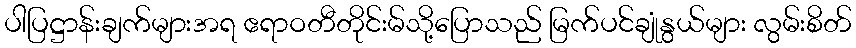
ပါပြဋ္ဌာန်းချက်များအရ ဧရာဝတီတိုင်းမ်သို့ပြောသည် မြက်ပင်ချုံနွယ်များ လွမ်းစိတ်